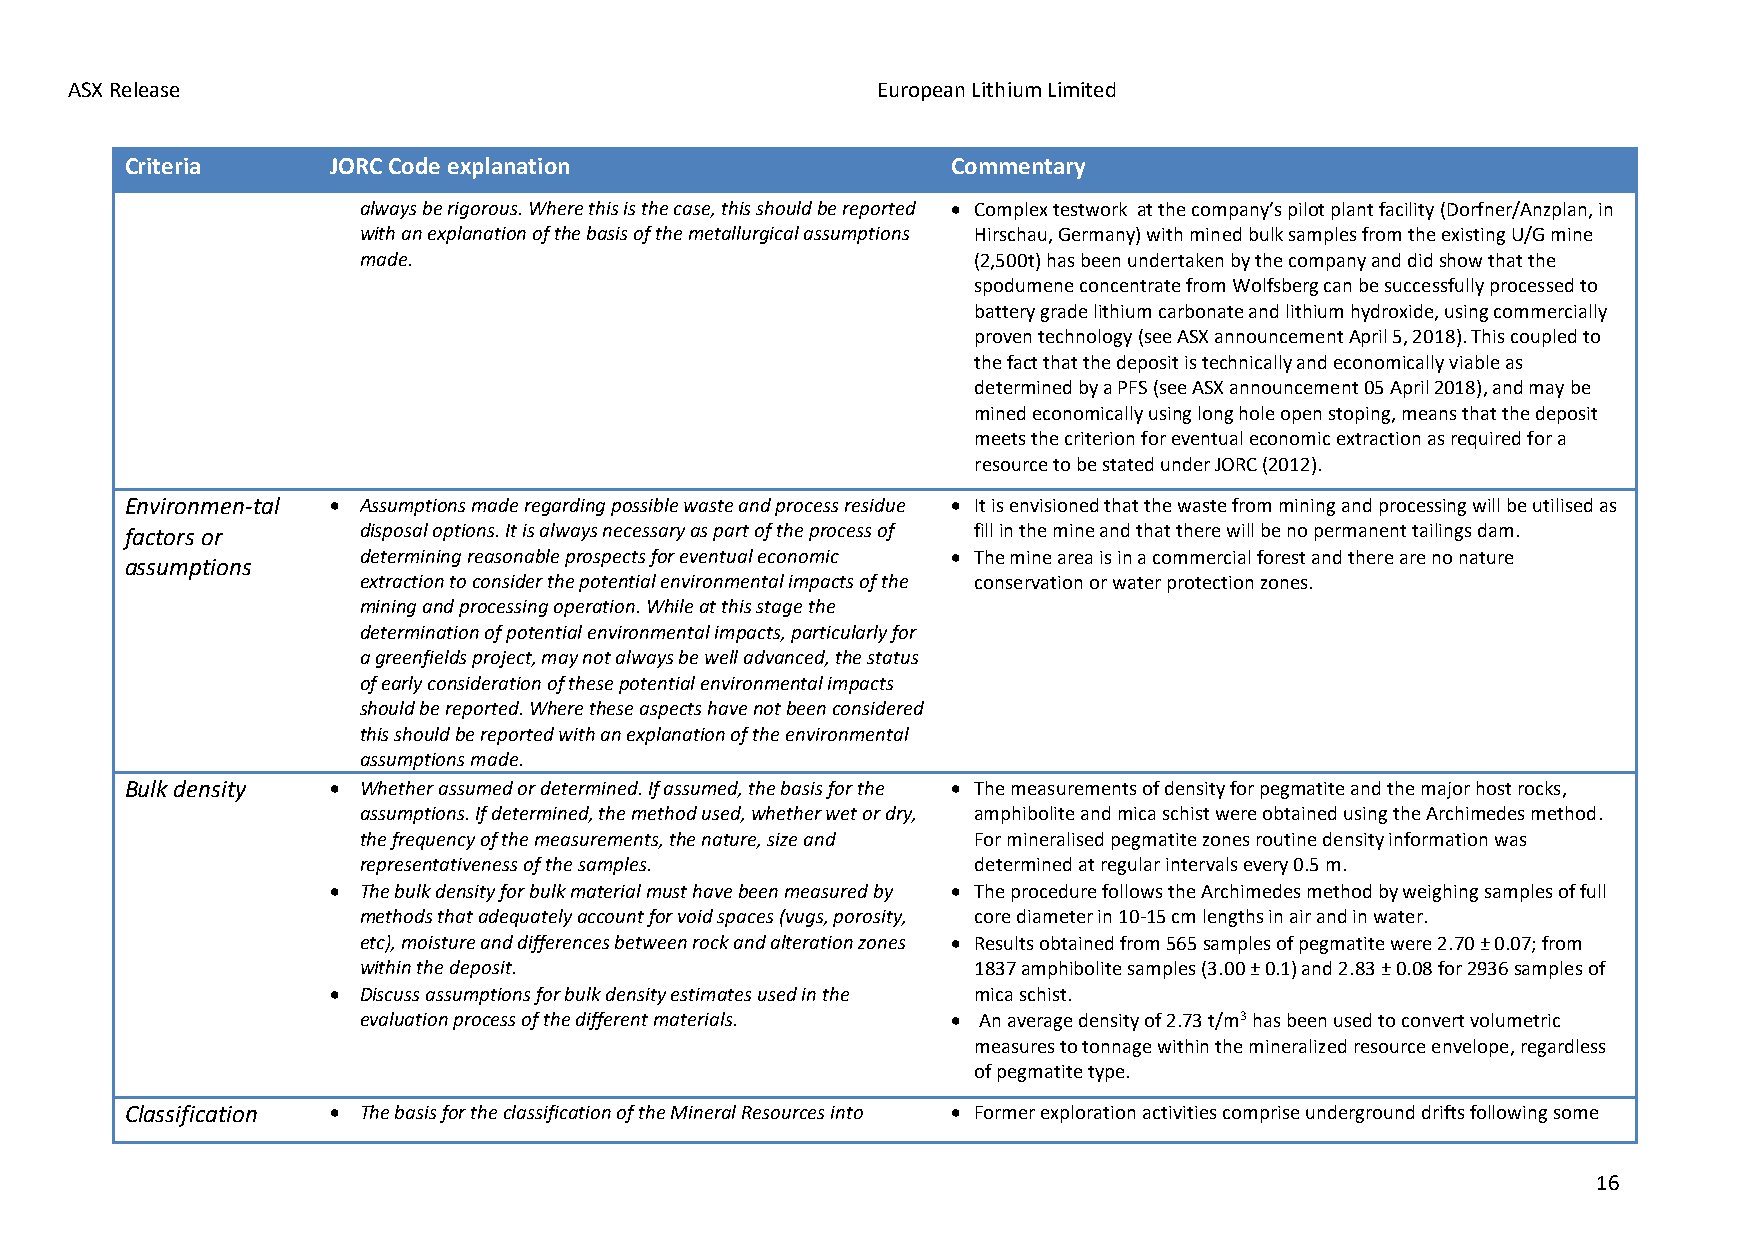
ASX Release                                           European Lithium Limited
 Criteria      JORC Code explanation                    Commentary
 always be rigorous. Where this is the case, this should be reported • Complex testwork at the company’s pilot plant facility (Dorfner/Anzplan, in
 with an explanation of the basis of the metallurgical assumptions Hirschau, Germany) with mined bulk samples from the existing U/G mine
 made.                                   (2,500t) has been undertaken by the company and did show that the
 spodumene concentrate from Wolfsberg can be successfully processed to
 battery grade lithium carbonate and lithium hydroxide, using commercially
 proven technology (see ASX announcement April 5, 2018). This coupled to
 the fact that the deposit is technically and economically viable as
 determined by a PFS (see ASX announcement 05 April 2018), and may be
 mined economically using long hole open stoping, means that the deposit
 meets the criterion for eventual economic extraction as required for a
 resource to be stated under JORC (2012).
 Environmen-tal • Assumptions made regarding possible waste and process residue • It is envisioned that the waste from mining and processing will be utilised as
 factors or      disposal options. It is always necessary as part of the process of fill in the mine and that there will be no permanent tailings dam.
 determining reasonable prospects for eventual economic • The mine area is in a commercial forest and there are no nature
 assumptions
 extraction to consider the potential environmental impacts of the conservation or water protection zones.
 mining and processing operation. While at this stage the
 determination of potential environmental impacts, particularly for
 a greenfields project, may not always be well advanced, the status
 of early consideration of these potential environmental impacts
 should be reported. Where these aspects have not been considered
 this should be reported with an explanation of the environmental
 assumptions made.
 Bulk density  • Whether assumed or determined. If assumed, the basis for the • The measurements of density for pegmatite and the major host rocks,
 assumptions. If determined, the method used, whether wet or dry, amphibolite and mica schist were obtained using the Archimedes method.
 the frequency of the measurements, the nature, size and For mineralised pegmatite zones routine density information was
 representativeness of the samples.      determined at regular intervals every 0.5 m.
 • The bulk density for bulk material must have been measured by • The procedure follows the Archimedes method by weighing samples of full
 methods that adequately account for void spaces (vugs, porosity, core diameter in 10-15 cm lengths in air and in water.
 etc), moisture and differences between rock and alteration zones • Results obtained from 565 samples of pegmatite were 2.70 ± 0.07; from
 within the deposit.                     1837 amphibolite samples (3.00 ± 0.1) and 2.83 ± 0.08 for 2936 samples of
 • Discuss assumptions for bulk density estimates used in the mica schist.
 evaluation process of the different materials. • An average density of 2.73 t/m3 has been used to convert volumetric
 measures to tonnage within the mineralized resource envelope, regardless
 of pegmatite type.
 Classification • The basis for the classification of the Mineral Resources into • Former exploration activities comprise underground drifts following some
 16